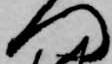
門